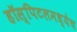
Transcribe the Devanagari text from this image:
हॉस्पिटलमध्येच